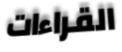
القراءات